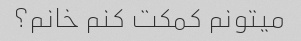
میتونم کمکت کنم خانم؟